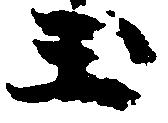
玉